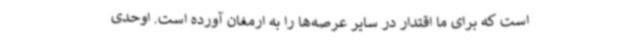
است که برای ما اقتدار در سایر عرصه‌ها را به ارمغان آورده است. اوحدی